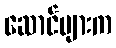
ဆောင်များက